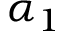
\alpha _ { 1 }